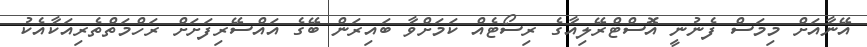
އޭނާއަށް މިމަސް ފެނުނީ އޮސްޓްރޭލިއާގެ ރިސޯޓެއް ކަމަށްވާ ބައިރަން ބޭގެ އައްސޭރިފަށަށް ރަހްމަތްތެރިއަކާއެކު